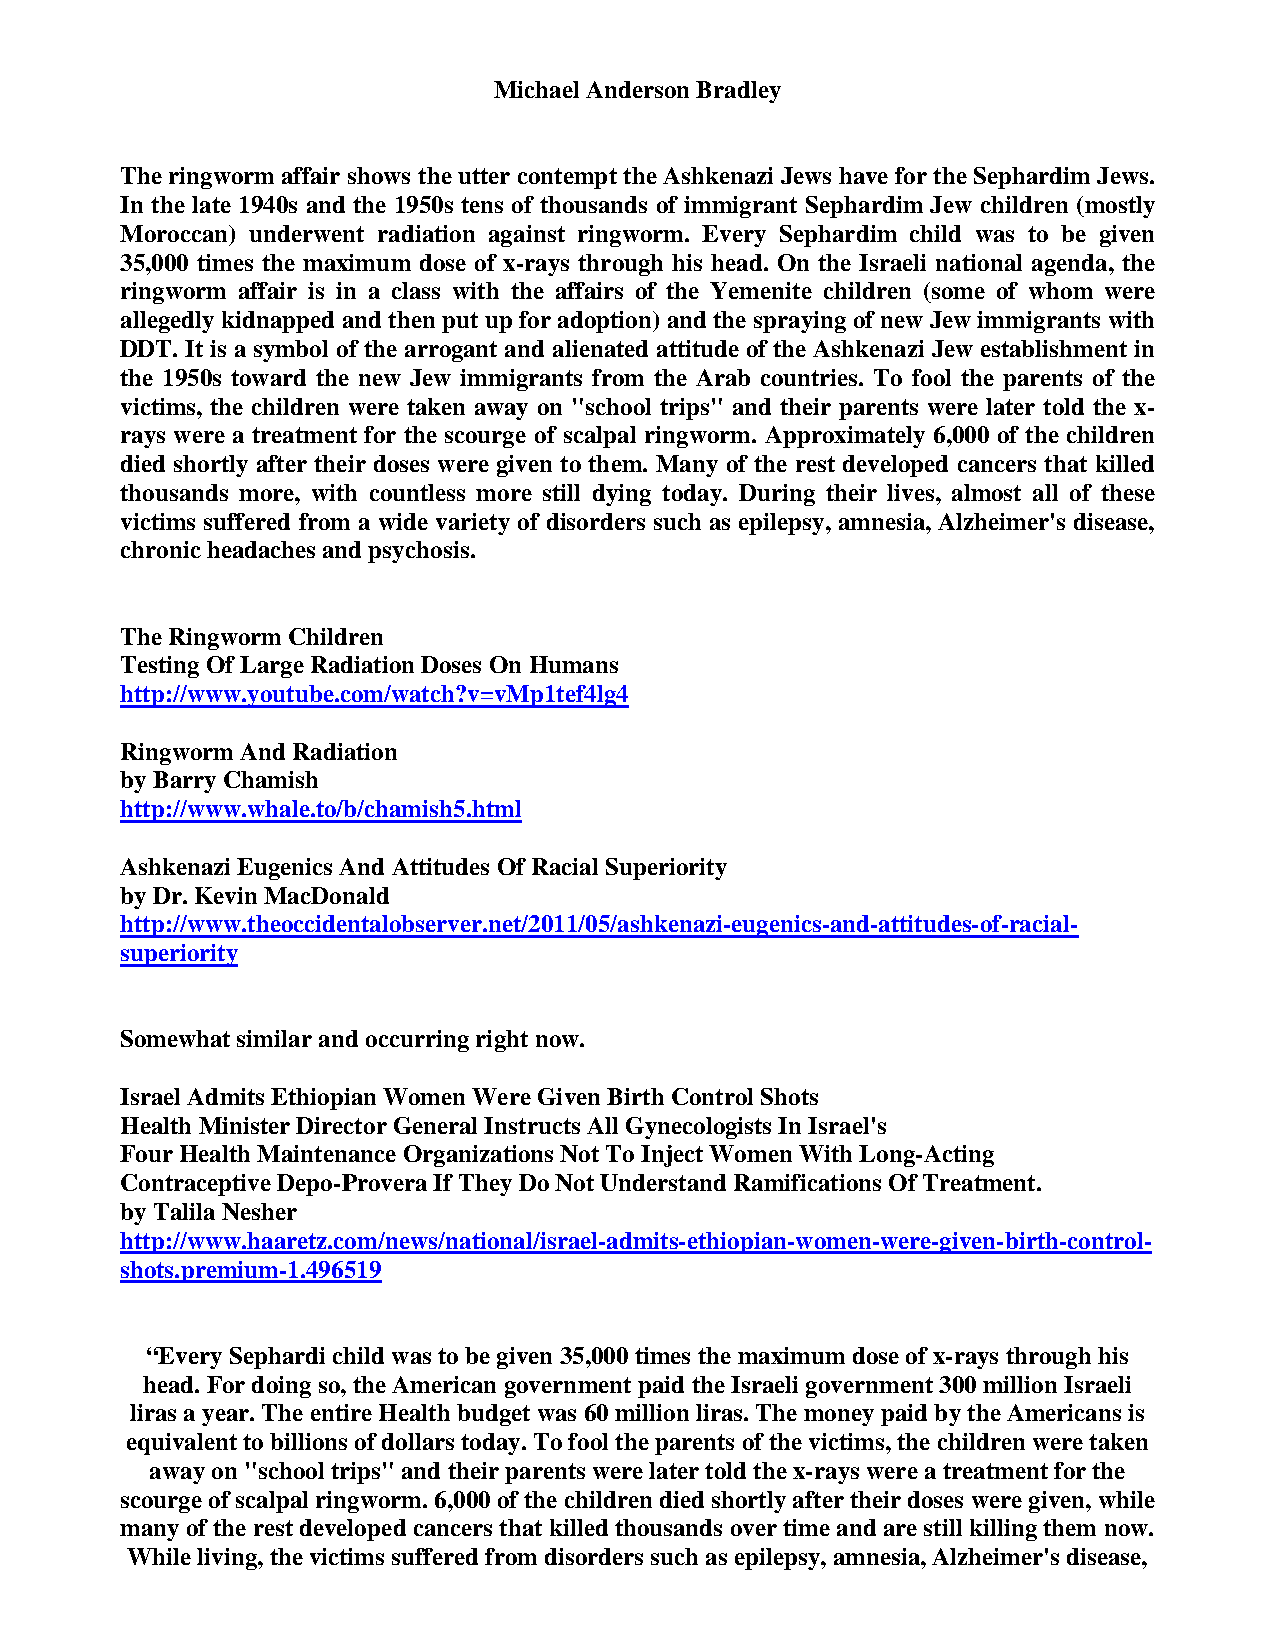
Michael Anderson Bradley
 The ringworm affair shows the utter contempt the Ashkenazi Jews have for the Sephardim Jews.
 In the late 1940s and the 1950s tens of thousands of immigrant Sephardim Jew children (mostly
 Moroccan) underwent radiation against ringworm. Every Sephardim child was to be given
 35,000 times the maximum dose of x-rays through his head. On the Israeli national agenda, the
 ringworm affair is in a class with the affairs of the Yemenite children (some of whom were
 allegedly kidnapped and then put up for adoption) and the spraying of new Jew immigrants with
 DDT. It is a symbol of the arrogant and alienated attitude of the Ashkenazi Jew establishment in
 the 1950s toward the new Jew immigrants from the Arab countries. To fool the parents of the
 victims, the children were taken away on "school trips" and their parents were later told the x-
 rays were a treatment for the scourge of scalpal ringworm. Approximately 6,000 of the children
 died shortly after their doses were given to them. Many of the rest developed cancers that killed
 thousands more, with countless more still dying today. During their lives, almost all of these
 victims suffered from a wide variety of disorders such as epilepsy, amnesia, Alzheimer's disease,
 chronic headaches and psychosis.
 The Ringworm Children
 Testing Of Large Radiation Doses On Humans
 http://www.youtube.com/watch?v=vMp1tef4lg4
 Ringworm And Radiation
 by Barry Chamish
 http://www.whale.to/b/chamish5.html
 Ashkenazi Eugenics And Attitudes Of Racial Superiority
 by Dr. Kevin MacDonald
 http://www.theoccidentalobserver.net/2011/05/ashkenazi-eugenics-and-attitudes-of-racial-
 superiority
 Somewhat similar and occurring right now.
 Israel Admits Ethiopian Women Were Given Birth Control Shots
 Health Minister Director General Instructs All Gynecologists In Israel's
 Four Health Maintenance Organizations Not To Inject Women With Long-Acting
 Contraceptive Depo-Provera If They Do Not Understand Ramifications Of Treatment.
 by Talila Nesher
 http://www.haaretz.com/news/national/israel-admits-ethiopian-women-were-given-birth-control-
 shots.premium-1.496519
 “Every Sephardi child was to be given 35,000 times the maximum dose of x-rays through his
 head. For doing so, the American government paid the Israeli government 300 million Israeli
 liras a year. The entire Health budget was 60 million liras. The money paid by the Americans is
 equivalent to billions of dollars today. To fool the parents of the victims, the children were taken
 away on "school trips" and their parents were later told the x-rays were a treatment for the
 scourge of scalpal ringworm. 6,000 of the children died shortly after their doses were given, while
 many of the rest developed cancers that killed thousands over time and are still killing them now.
 While living, the victims suffered from disorders such as epilepsy, amnesia, Alzheimer's disease,